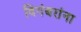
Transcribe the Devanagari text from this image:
दिगंबरांना